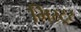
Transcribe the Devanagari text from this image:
मिस्ट्र्र्र्र